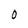
Character: 0